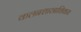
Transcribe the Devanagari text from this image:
कलनशास्त्राशिवाय